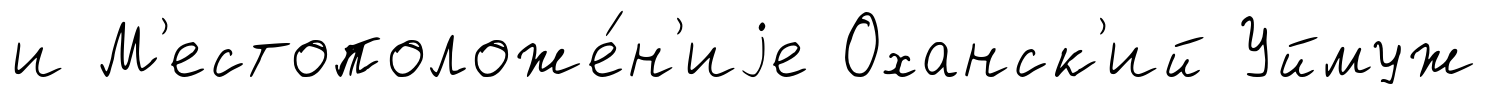
и М'естоположе́н'иjе Оханск'ий Уймуж